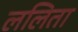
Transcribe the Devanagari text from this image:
ललिता